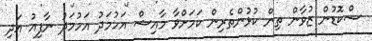
ސްކޮޑުން ޒުވާން ތިން ކުޅުންތެރިން ކަމަށްވާ މާއިޝް އަހުމަދު އަހުމަދު ނާފިއު އަދި